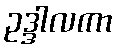
ဥဒ္ဒါလကာ